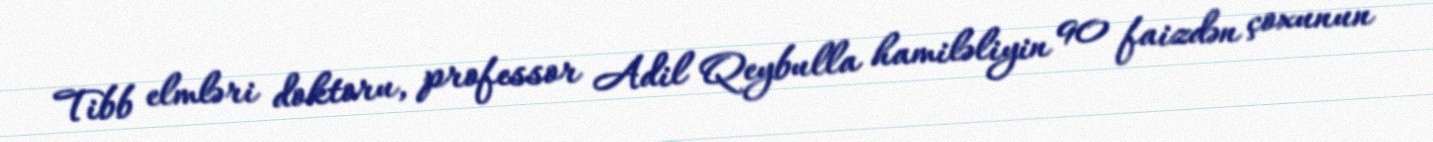
Tibb elmləri doktoru, professor Adil Qeybulla hamiləliyin 90 faizdən çoxunun